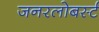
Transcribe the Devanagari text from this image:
जनरलोबर्स्ट